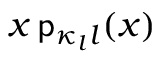
x \, { \mathsf p } _ { \kappa _ { l } l } ( x )